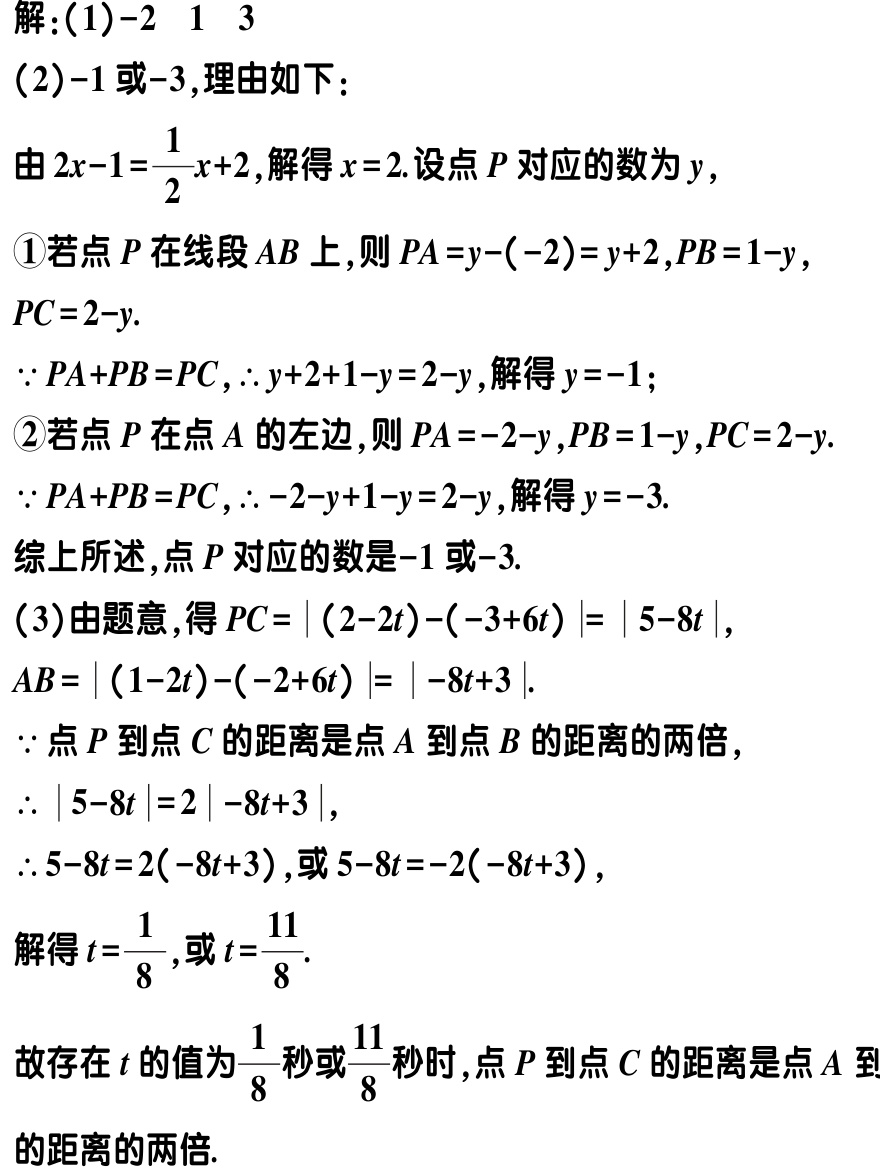
解：

(1) -2 1 3

(2) -1 或 -3, 理由如下：

由 \(2x - 1=\frac{1}{2}x + 2\), 解得 \(x = 2\). 设点 \(P\) 对应的数为 \(y\),

\textcircled{1}若点 \(P\) 在线段 \(AB\) 上, 则 \(PA=y-(-2)=y + 2\), \(PB = 1 - y\), \(PC=2 - y\).

\(\because PA + PB=PC\), \(\therefore y + 2+1 - y=2 - y\), 解得 \(y=-1\);

\textcircled{2}若点 \(P\) 在点 \(A\) 的左边, 则 \(PA=-2 - y\), \(PB = 1 - y\), \(PC=2 - y\).

\(\because PA + PB=PC\), \(\therefore -2 - y+1 - y=2 - y\), 解得 \(y=-3\).

综上所述, 点 \(P\) 对应的数是 -1 或 -3.

(3) 由题意, 得 \(PC=\vert(2 - 2t)-(-3 + 6t)\vert=\vert5 - 8t\vert\), \(AB=\vert(1 - 2t)-(-2 + 6t)\vert=\vert-8t + 3\vert\).

\(\because\) 点 \(P\) 到点 \(C\) 的距离是点 \(A\) 到点 \(B\) 的距离的两倍,

\(\therefore\vert5 - 8t\vert=2\vert-8t + 3\vert\),

\(\therefore 5 - 8t=2(-8t + 3)\), 或 \(5 - 8t=-2(-8t + 3)\),

解得 \(t=\frac{1}{8}\), 或 \(t=\frac{11}{8}\).

故存在 \(t\) 的值为 \(\frac{1}{8}\) 秒或 \(\frac{11}{8}\) 秒时, 点 \(P\) 到点 \(C\) 的距离是点 \(A\) 到点 \(B\) 的距离的两倍.